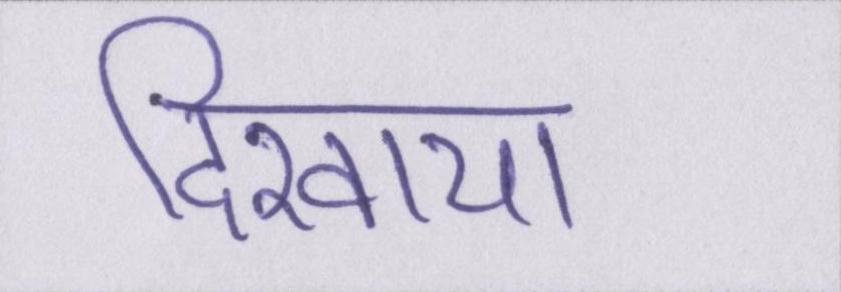
दिखाया